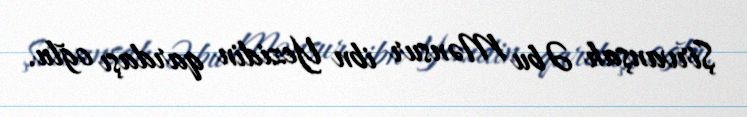
Şirvanşah Əbu Mənsur ibn Yezidin qardaşı oğlu.